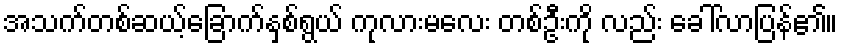
အသက်တစ်ဆယ့်ခြောက်နှစ်ရွယ် ကုလားမလေး တစ်ဦးကို လည်း ခေါ်လာပြန်၏။